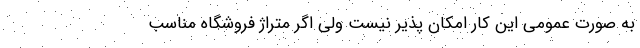
به صورت عمومی این کار امکان پذیر نیست ولی اگر متراژ فروشگاه مناسب